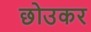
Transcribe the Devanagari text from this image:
छोउकर